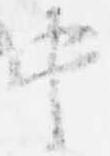
中